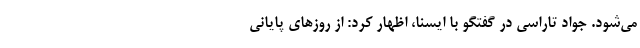
می‌شود. جواد تاراسی در گفتگو با ایسنا، اظهار کرد: از روز‌های پایانی